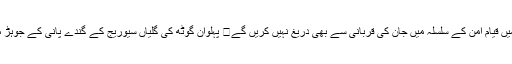
گجرات میں قیام امن کے سلسلہ میں جان کی قربانی سے بھی دریغ نہیں کریں گے	 پہلوان گوٹھ کی گلیاں سیوریج کے گندے پانی کے جوہڑ میں تبدیل